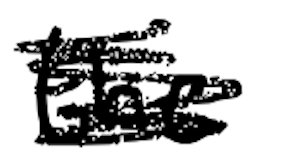
Text: the
Cross-out: scratch
Writing tool: digital_black